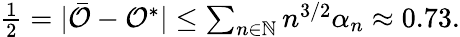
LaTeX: \begin{array}{r}{\frac 12=\vert\bar{\mathcal{O}}-\mathcal{O}^{*}\vert\le\sum_{n\in\mathbb{N}}n^{3/2}\alpha_{n}\approx 0.73.}\end{array}